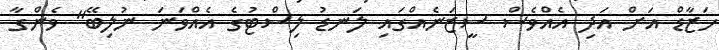
ހަޒާޑް އަށް އަދި އެއްވެސް ސީޒަނެއްގައި ލަނޑު ލިސްޓުގެ އެއްވަނަ ނުލިބޭ" ވެންގާ